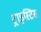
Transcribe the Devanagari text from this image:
ट्राइस्टिस